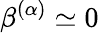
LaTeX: \beta^{(\alpha)}\simeq 0